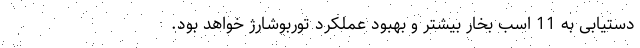
دستیابی به 11 اسب بخار بیشتر و بهبود عملکرد توربوشارژ خواهد بود.